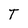
Character: T